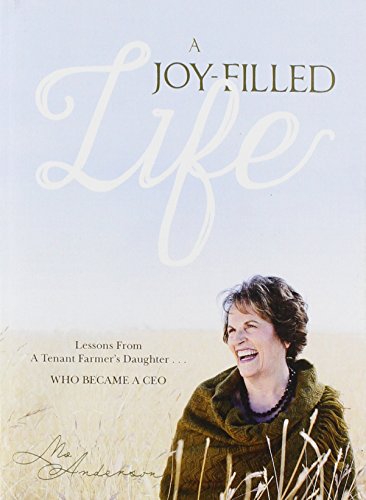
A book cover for A Joy-Filled Life: Lessons from a Tenant Farmer's Daughter...Who Became a CEO; Mo Anderson; Business & Money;